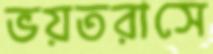
ভয়তরাসে